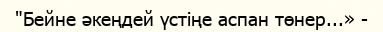
"Бейне әкеңдей үстіңе аспан төнер...» -